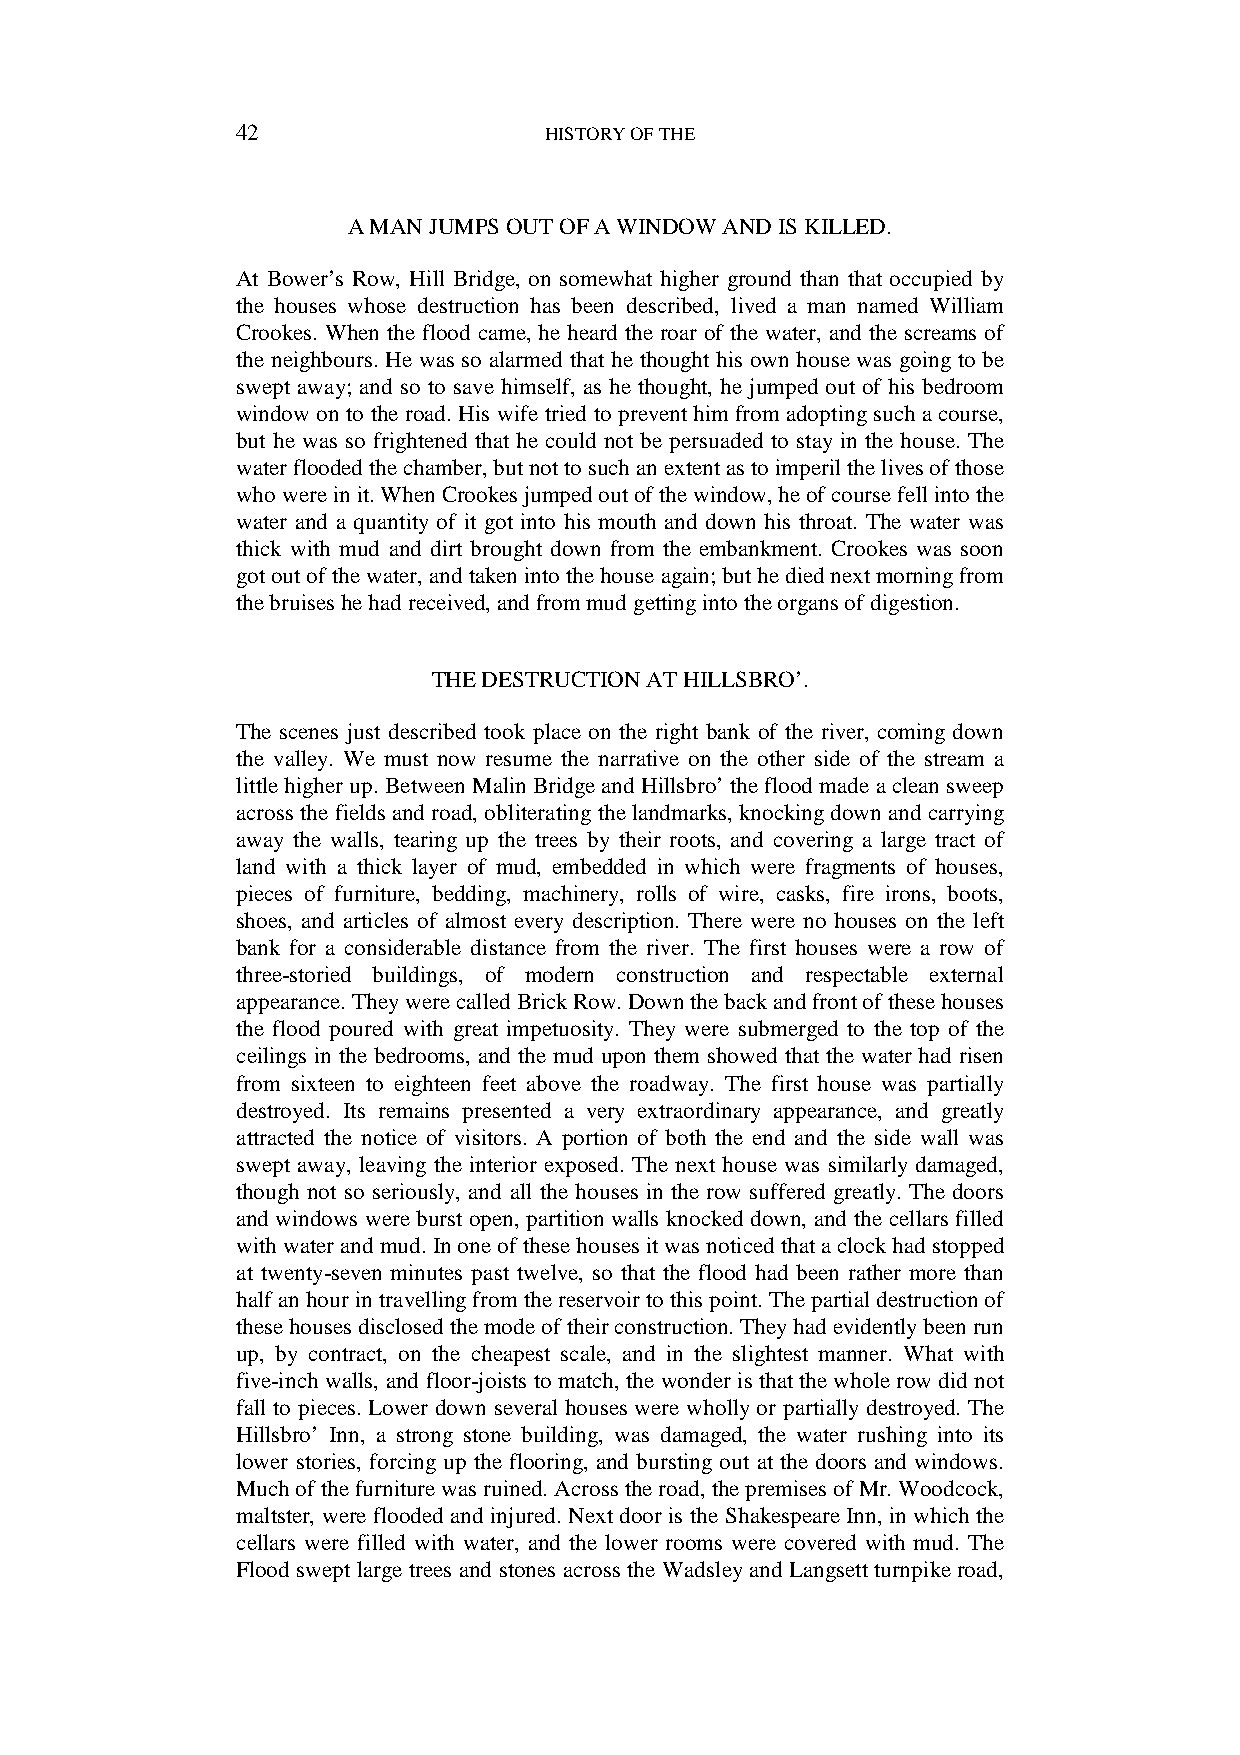
42                  HISTORY OF THE
 A MAN JUMPS OUT OF A WINDOW AND IS KILLED.
 At Bower’s Row, Hill Bridge, on somewhat higher ground than that occupied by
 the houses whose destruction has been described, lived a man named William
 Crookes. When the flood came, he heard the roar of the water, and the screams of
 the neighbours. He was so alarmed that he thought his own house was going to be
 swept away; and so to save himself, as he thought, he jumped out of his bedroom
 window on to the road. His wife tried to prevent him from adopting such a course,
 but he was so frightened that he could not be persuaded to stay in the house. The
 water flooded the chamber, but not to such an extent as to imperil the lives of those
 who were in it. When Crookes jumped out of the window, he of course fell into the
 water and a quantity of it got into his mouth and down his throat. The water was
 thick with mud and dirt brought down from the embankment. Crookes was soon
 got out of the water, and taken into the house again; but he died next morning from
 the bruises he had received, and from mud getting into the organs of digestion.
 THE DESTRUCTION AT HILLSBRO’.
 The scenes just described took place on the right bank of the river, coming down
 the valley. We must now resume the narrative on the other side of the stream a
 little higher up. Between Malin Bridge and Hillsbro’ the flood made a clean sweep
 across the fields and road, obliterating the landmarks, knocking down and carrying
 away the walls, tearing up the trees by their roots, and covering a large tract of
 land with a thick layer of mud, embedded in which were fragments of houses,
 pieces of furniture, bedding, machinery, rolls of wire, casks, fire irons, boots,
 shoes, and articles of almost every description. There were no houses on the left
 bank for a considerable distance from the river. The first houses were a row of
 three-storied buildings, of modern construction and respectable external
 appearance. They were called Brick Row. Down the back and front of these houses
 the flood poured with great impetuosity. They were submerged to the top of the
 ceilings in the bedrooms, and the mud upon them showed that the water had risen
 from sixteen to eighteen feet above the roadway. The first house was partially
 destroyed. Its remains presented a very extraordinary appearance, and greatly
 attracted the notice of visitors. A portion of both the end and the side wall was
 swept away, leaving the interior exposed. The next house was similarly damaged,
 though not so seriously, and all the houses in the row suffered greatly. The doors
 and windows were burst open, partition walls knocked down, and the cellars filled
 with water and mud. In one of these houses it was noticed that a clock had stopped
 at twenty-seven minutes past twelve, so that the flood had been rather more than
 half an hour in travelling from the reservoir to this point. The partial destruction of
 these houses disclosed the mode of their construction. They had evidently been run
 up, by contract, on the cheapest scale, and in the slightest manner. What with
 five-inch walls, and floor-joists to match, the wonder is that the whole row did not
 fall to pieces. Lower down several houses were wholly or partially destroyed. The
 Hillsbro’ Inn, a strong stone building, was damaged, the water rushing into its
 lower stories, forcing up the flooring, and bursting out at the doors and windows.
 Much of the furniture was ruined. Across the road, the premises of Mr. Woodcock,
 maltster, were flooded and injured. Next door is the Shakespeare Inn, in which the
 cellars were filled with water, and the lower rooms were covered with mud. The
 Flood swept large trees and stones across the Wadsley and Langsett turnpike road,